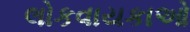
લોકવાયકાઓ